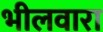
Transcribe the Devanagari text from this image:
भीलवारा